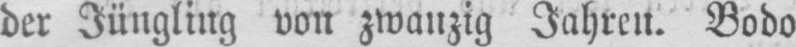
der Jüngling von zwanzig Jahren. Bodo